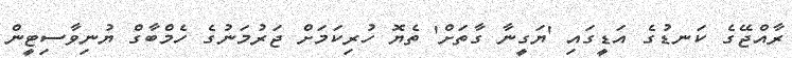
ރާއްޖޭގެ ކަނޑުގެ އަޑީގައި 'ޔަގީނާ ގާތަށް' ތެޔޮ ހުރިކަމަށް ޖަރުމަނުގެ ހެމްބާގް ޔުނިވާސިޓީން